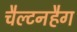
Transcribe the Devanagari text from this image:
चैल्टनहैग